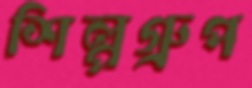
শিল্পগ্রুপ